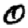
Digit: 0